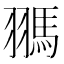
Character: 𩢳